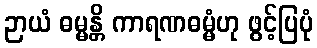
ဉာယံ ဓမ္မန္တိ ကာရဏဓမ္မံဟု ဖွင့်ပြပုံ